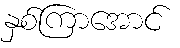
နှစ်ကြာအောင်